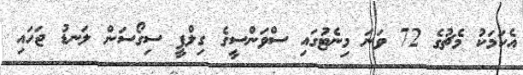
އެކަމަކު މެޗުގެ 72 ވަނަ މިނެޓުގައި ސްވަންސީގެ ގިލްފީ ސިގޯސަން ލަނޑު ޖަހައި